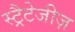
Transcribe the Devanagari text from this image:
स्ट्रैटेजीज़